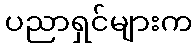
ပညာရှင်များက